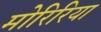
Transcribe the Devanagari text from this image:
मोरिरिया